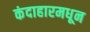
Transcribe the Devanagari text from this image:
कंदाहारमधून